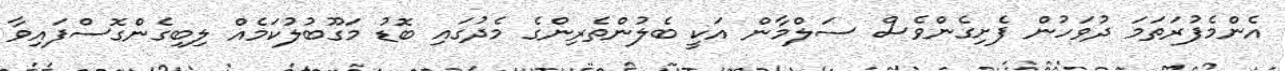
އެންމެފުރަތަމަ ދުވަހުން ފެށިގެންވެސް ސަލްމާން އަކީ ބެލުންތެރިންގެ މެދުގައި ބޮޑު މަގޫބުލުކަމެއް ލިބިގެންގޮސްފައިވާ